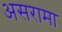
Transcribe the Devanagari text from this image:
असरामा